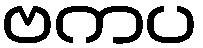
ဗကပ